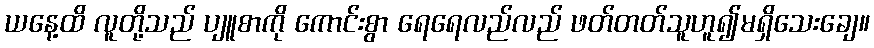
ယနေ့ထိ လူတို့သည် ပျူစာကို ကောင်းစွာ ရေရေလည်လည် ဖတ်တတ်သူဟူ၍မရှိသေးချေ။